画像に写った文字を読んでください
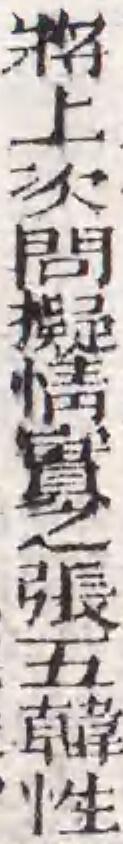
「將上次問擬情實之張五韓性」と書いてあります